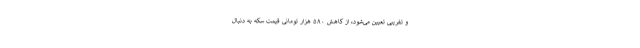
و تقریبی تعیین می‌شود، از کاهش ۵۸۰ هزار تومانی قیمت سکه به دنبال